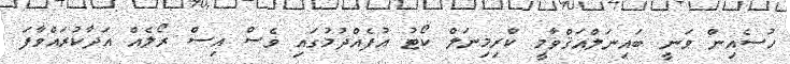
ހުސެއިން ވަނީ ބައިނަލްއަޤްވާމީ ކްރިމިނަލް ކޯޓު އުފެއްދުމުގައި ވެސް އިސް ރޯލެއް އަދާކުރައްވާފަ